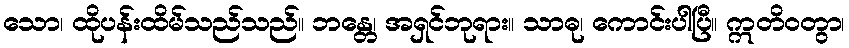
သော၊ ထိုပန်းထိမ်သည်သည်။ ဘန္တေ၊ အရှင်ဘုရား။ သာဓု၊ ကောင်းပါပြီ။ ဣတိဝတွာ၊